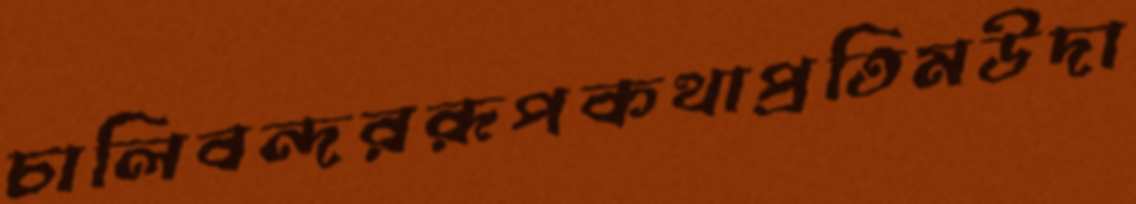
চালিবন্দররূপকথাপ্রতিমউদা